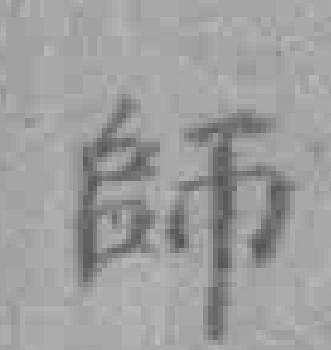
師